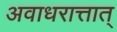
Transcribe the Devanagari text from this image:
अवाधरात्तात्